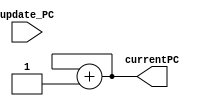
`timescale 1ns / 1ps
//////////////////////////////////////////////////////////////////////////////////
// Company: 
// Engineer: 
// 
// Design Name: 
// Module Name: Program_counter
// Project Name: 
// Target Devices: 
// Tool Versions: 
// Description: 
// 
// Dependencies: 
// 
// Revision:
// Revision 0.01 - File Created
// Additional Comments:
// 
//////////////////////////////////////////////////////////////////////////////////


module Program_counter(
    input update_PC,
    output reg [4:0] currentPC=5'b11111
);


always @(update_PC) begin
    currentPC <= currentPC + 5'b00001;
end

endmodule